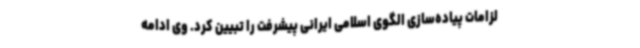
لزامات پیاده‌سازی الگوی اسلامی ایرانی پیشرفت را تبیین کرد. وی ادامه